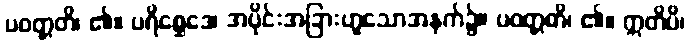
ပဝတ္တတိ၊ ၏။ ပရိစ္ဆေဒေ၊ အပိုင်းအခြားဟူသောအနက်၌။ ပဝတ္တတိ၊ ၏။ ဣတိပိ၊